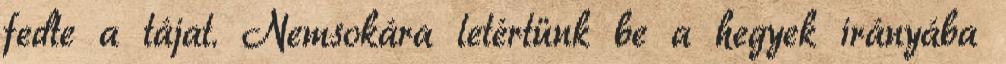
fedte a tájat. Nemsokára letértünk be a hegyek irányába